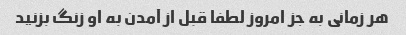
هر زمانی به جز امروز لطفا قبل از آمدن به او زنگ بزنید